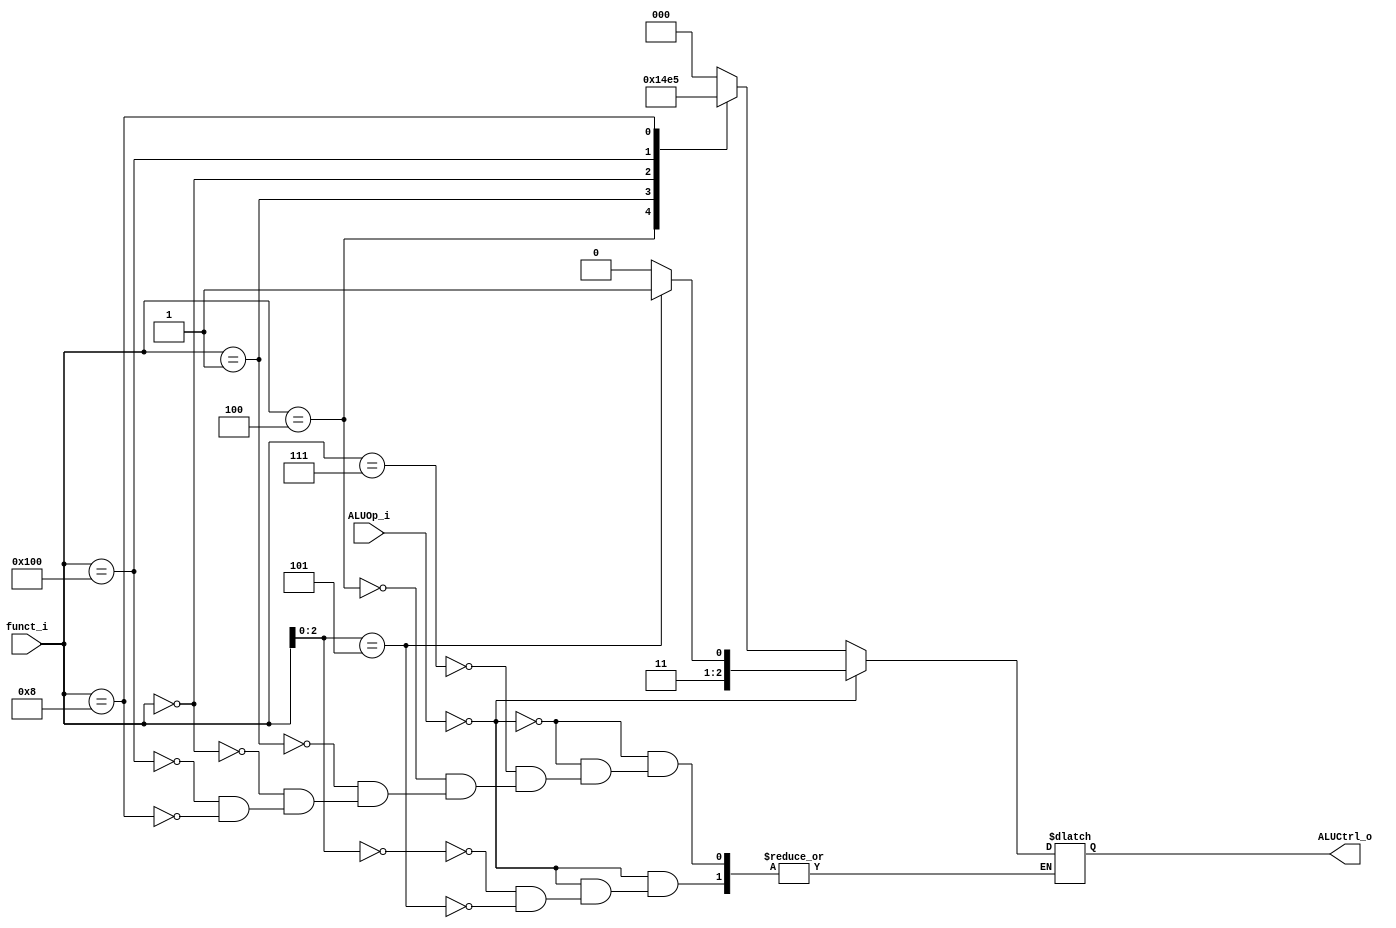
module ALU_Control (
    funct_i,
    ALUOp_i,
    ALUCtrl_o
);

input   [9:0]       funct_i;
input   [1:0]       ALUOp_i;
output  [2:0]       ALUCtrl_o;
reg     [2:0]       ALUCtrl_o;

wire    [6:0]       funct7;
wire    [2:0]       funct3;
assign {funct7, funct3} = funct_i;

`define Rtype 2'b01
`define Itype 2'b00

`define AND 10'b0000000111
`define XOR 10'b0000000100
`define SLL 10'b0000000001
`define ADD 10'b0000000000
`define SUB 10'b0100000000
`define MUL 10'b0000001000
`define ADDI 3'b000
`define SRAI 3'b101

`define ANDo 3'b000
`define XORo 3'b001
`define SLLo 3'b010
`define ADDo 3'b011
`define SUBo 3'b100
`define MULo 3'b101
`define ADDIo 3'b110
`define SRAIo 3'b111

always @* begin
    if (ALUOp_i == `Itype) begin
        case (funct3)
            `ADDI: ALUCtrl_o = `ADDIo;
            `SRAI: ALUCtrl_o = `SRAIo;
        endcase
    end
    else begin
        case (funct_i)
            `AND: ALUCtrl_o = `ANDo;
            `XOR: ALUCtrl_o = `XORo;
            `SLL: ALUCtrl_o = `SLLo;
            `ADD: ALUCtrl_o = `ADDo;
            `SUB: ALUCtrl_o = `SUBo;
            `MUL: ALUCtrl_o = `MULo;
        endcase
    end
end
endmodule